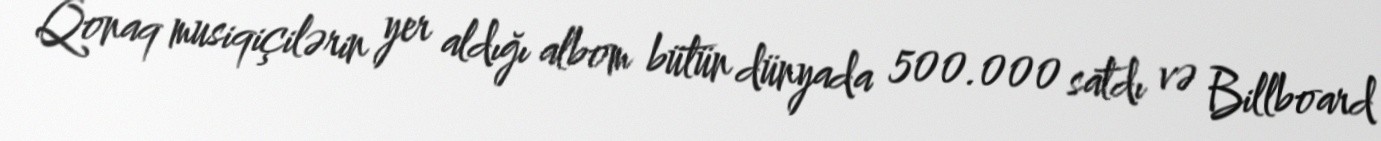
Qonaq musiqiçilərin yer aldığı albom bütün dünyada 500.000 satdı və Billboard